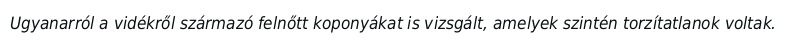
Ugyanarról a vidékről származó felnőtt koponyákat is vizsgált, amelyek szintén torzítatlanok voltak.